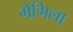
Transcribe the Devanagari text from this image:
गैंगिला